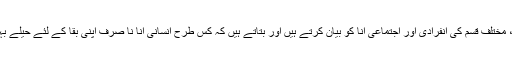
وہ انا کے مواد اور ساخت کی تفصیلاً وضاحت کرتے ہیں، مختلف قسم کی انفرادی اور اجتماعی انا کو بیان کرتے ہیں اور بتاتے ہیں کہ کس طرح انسانی انا نا صرف اپنی بقا کے لئے حیلے بہانے ڈھونڈتی ہے بلکہ اپنی پذیرائی کے راستے بناتی ہے۔